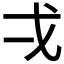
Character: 𭟮